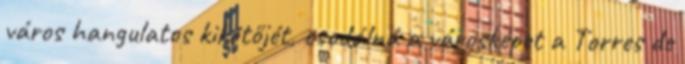
város hangulatos kikötőjét, csodálná a városképet a Torres de